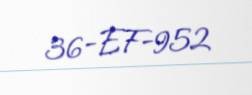
36-EF-952